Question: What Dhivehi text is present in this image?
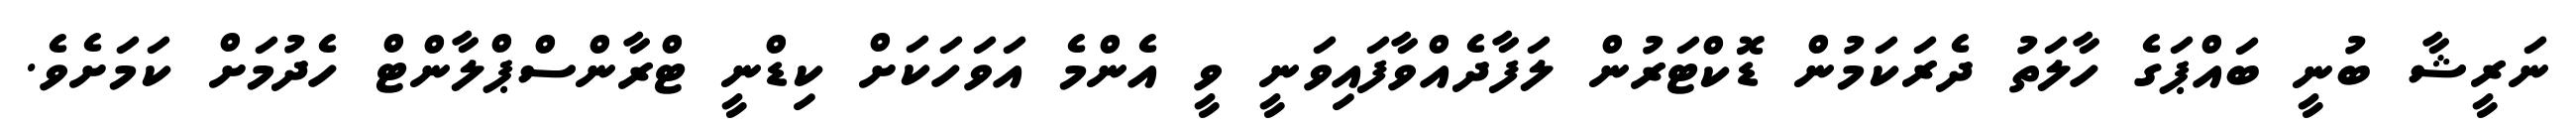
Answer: ނަރީޝާ ބުނީ ބައްޕަގެ ހާލަތު ދެރަކަމުން ޑޮކްޓަރުން ލަފާދެއްވާފައިވަނީ ވީ އެންމެ އަވަހަކަށް ކިޑްނީ ޓްރާންސްޕްލާންޓް ހެދުމަށް ކަމަށެވެ.